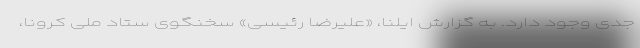
جدی وجود دارد. به گزارش ایلنا، «علیرضا رئیسی» سخنگوی ستاد ملی کرونا،